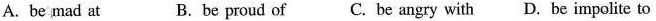
A.be mad at B. be proud of C. be angry with D. Be impolite to